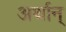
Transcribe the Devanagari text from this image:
अर्थान्